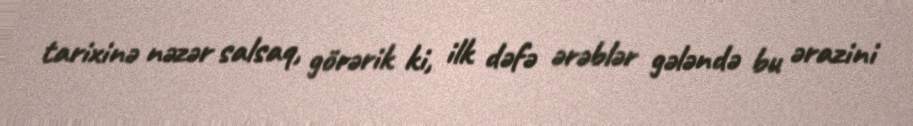
tarixinə nəzər salsaq, görərik ki, ilk dəfə ərəblər gələndə bu ərazini